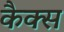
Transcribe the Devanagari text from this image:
कैक्स